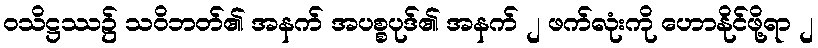
ဝသိဋ္ဌဿ၌ သဝိဘတ်၏ အနက် အပစ္စပုဒ်၏ အနက် ၂ ဖက်လုံးကို ဟောနိုင်ဖို့ရာ ၂